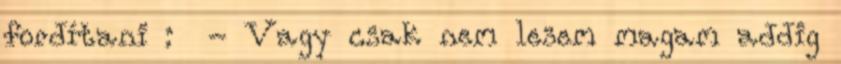
fordítani : - Vagy csak nem lesem magam addig